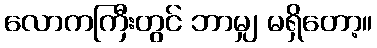
လောကကြီးတွင် ဘာမျှ မရှိတော့။